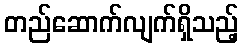
တည်ဆောက်လျက်ရှိသည့်